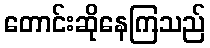
တောင်းဆိုနေကြသည်